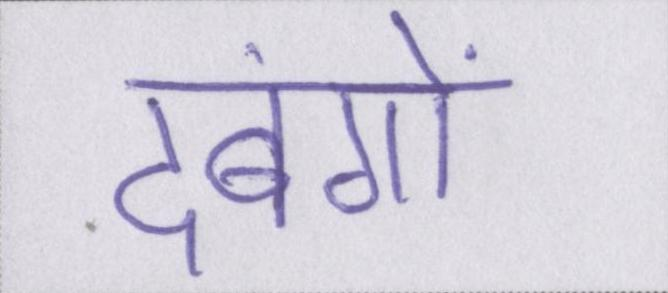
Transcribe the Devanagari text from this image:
दबंगों